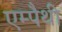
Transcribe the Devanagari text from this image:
एम्पैथी